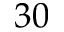
3 0